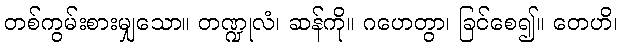
တစ်ကွမ်းစားမျှသော။ တဏ္ဍုလံ၊ ဆန်ကို။ ဂဟေတွာ၊ ခြင်စေ၍။ တေဟိ၊